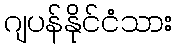
ဂျပန်နိုင်ငံသား